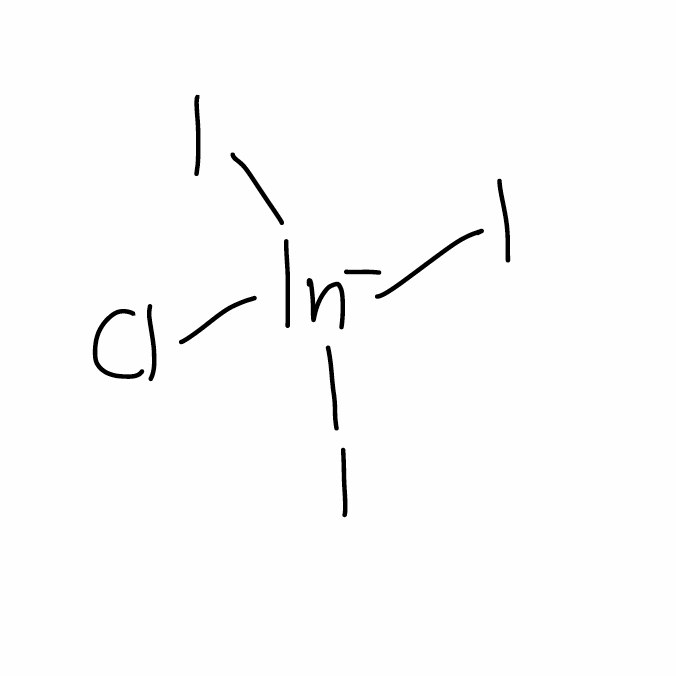
Simplified molecular-input line-entry system (SMILES) notation of the given molecule:
Cl[In-](I)(I)I